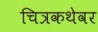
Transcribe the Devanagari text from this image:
चित्रकथेवर